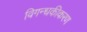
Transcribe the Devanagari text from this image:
विगन्धकीकरण